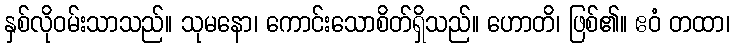
နှစ်လိုဝမ်းသာသည်။ သုမနော၊ ကောင်းသောစိတ်ရှိသည်။ ဟောတိ၊ ဖြစ်၏။ ဧဝံ တထာ၊